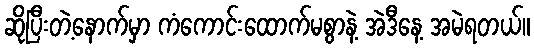
ဆိုပြီးတဲ့နောက်မှာ ကံကောင်းထောက်မစွာနဲ့ အဲဒီနေ့ အမဲရတယ်။